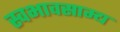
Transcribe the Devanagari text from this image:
स्वभावसाम्य